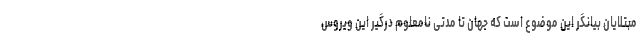
مبتلایان بیانگر این موضوع است که جهان تا مدتی نامعلوم درگیر این ویروس